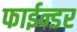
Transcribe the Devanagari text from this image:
फाईन्डर